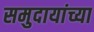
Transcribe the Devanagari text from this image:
समुदायांच्या